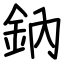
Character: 鈉